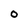
Character: 0